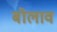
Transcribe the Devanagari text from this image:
बोलाव